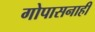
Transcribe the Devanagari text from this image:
गोपासनाही